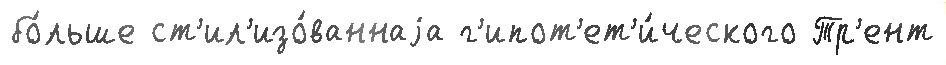
бо́льше ст'ил'изо́ваннаjа г'ипот'ет'и́ческого Тр'ент